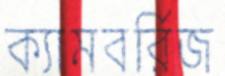
ক্যামবর্রিজ